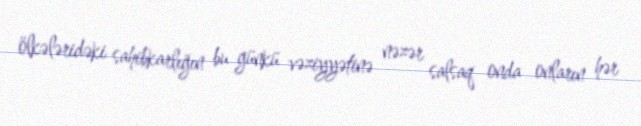
ölkələridəki sahibkarlığın bu günkü vəziyyətinə nəzər salsaq onda onların hər